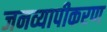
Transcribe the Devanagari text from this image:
जनव्यापीकरण